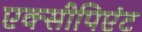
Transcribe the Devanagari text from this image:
एक्सीपिएंट